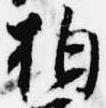
拍